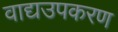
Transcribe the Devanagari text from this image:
वाद्यउपकरण